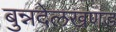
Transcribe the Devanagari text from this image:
बुन्नदेलखणड